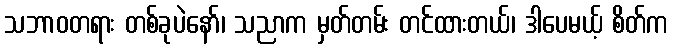
သဘာဝတရား တစ်ခုပဲနော်၊ သညာက မှတ်တမ်း တင်ထားတယ်၊ ဒါပေမယ့် စိတ်က